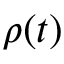
\rho ( t )